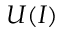
U ( I )